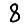
Digit: 8